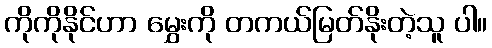
ကိုကိုနိုင်ဟာ မွှေးကို တကယ်မြတ်နိုးတဲ့သူ ပါ။